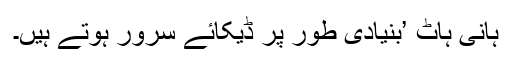
ہانی ہاٹ ’بنیادی طور پر ڈیکائے سرور ہوتے ہیں۔